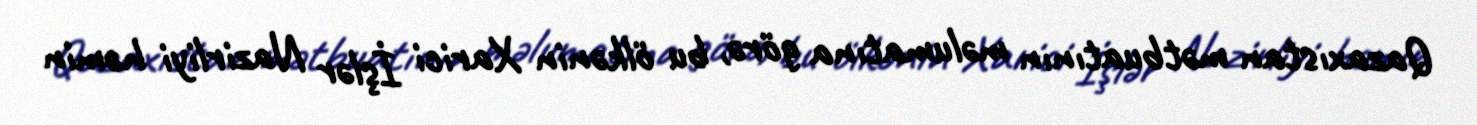
Qazaxıstan mətbuatının məlumatına görə, bu ölkənin Xarici İşlər Nazirliyi həmin